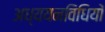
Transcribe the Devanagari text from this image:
अध्ययनविधियों